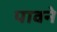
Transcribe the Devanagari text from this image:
पावने